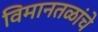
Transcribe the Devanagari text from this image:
विमानतळांचे